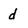
Character: d